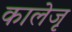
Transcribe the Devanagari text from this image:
कालेजृ